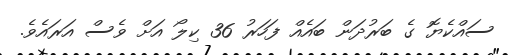
ސައްކެޔޮ ގެ ބަރުދަން ބައެއް ފަހަރު 36 ކިލޯ އަށް ވެސް އަރައެވެ.